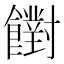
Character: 𩟡